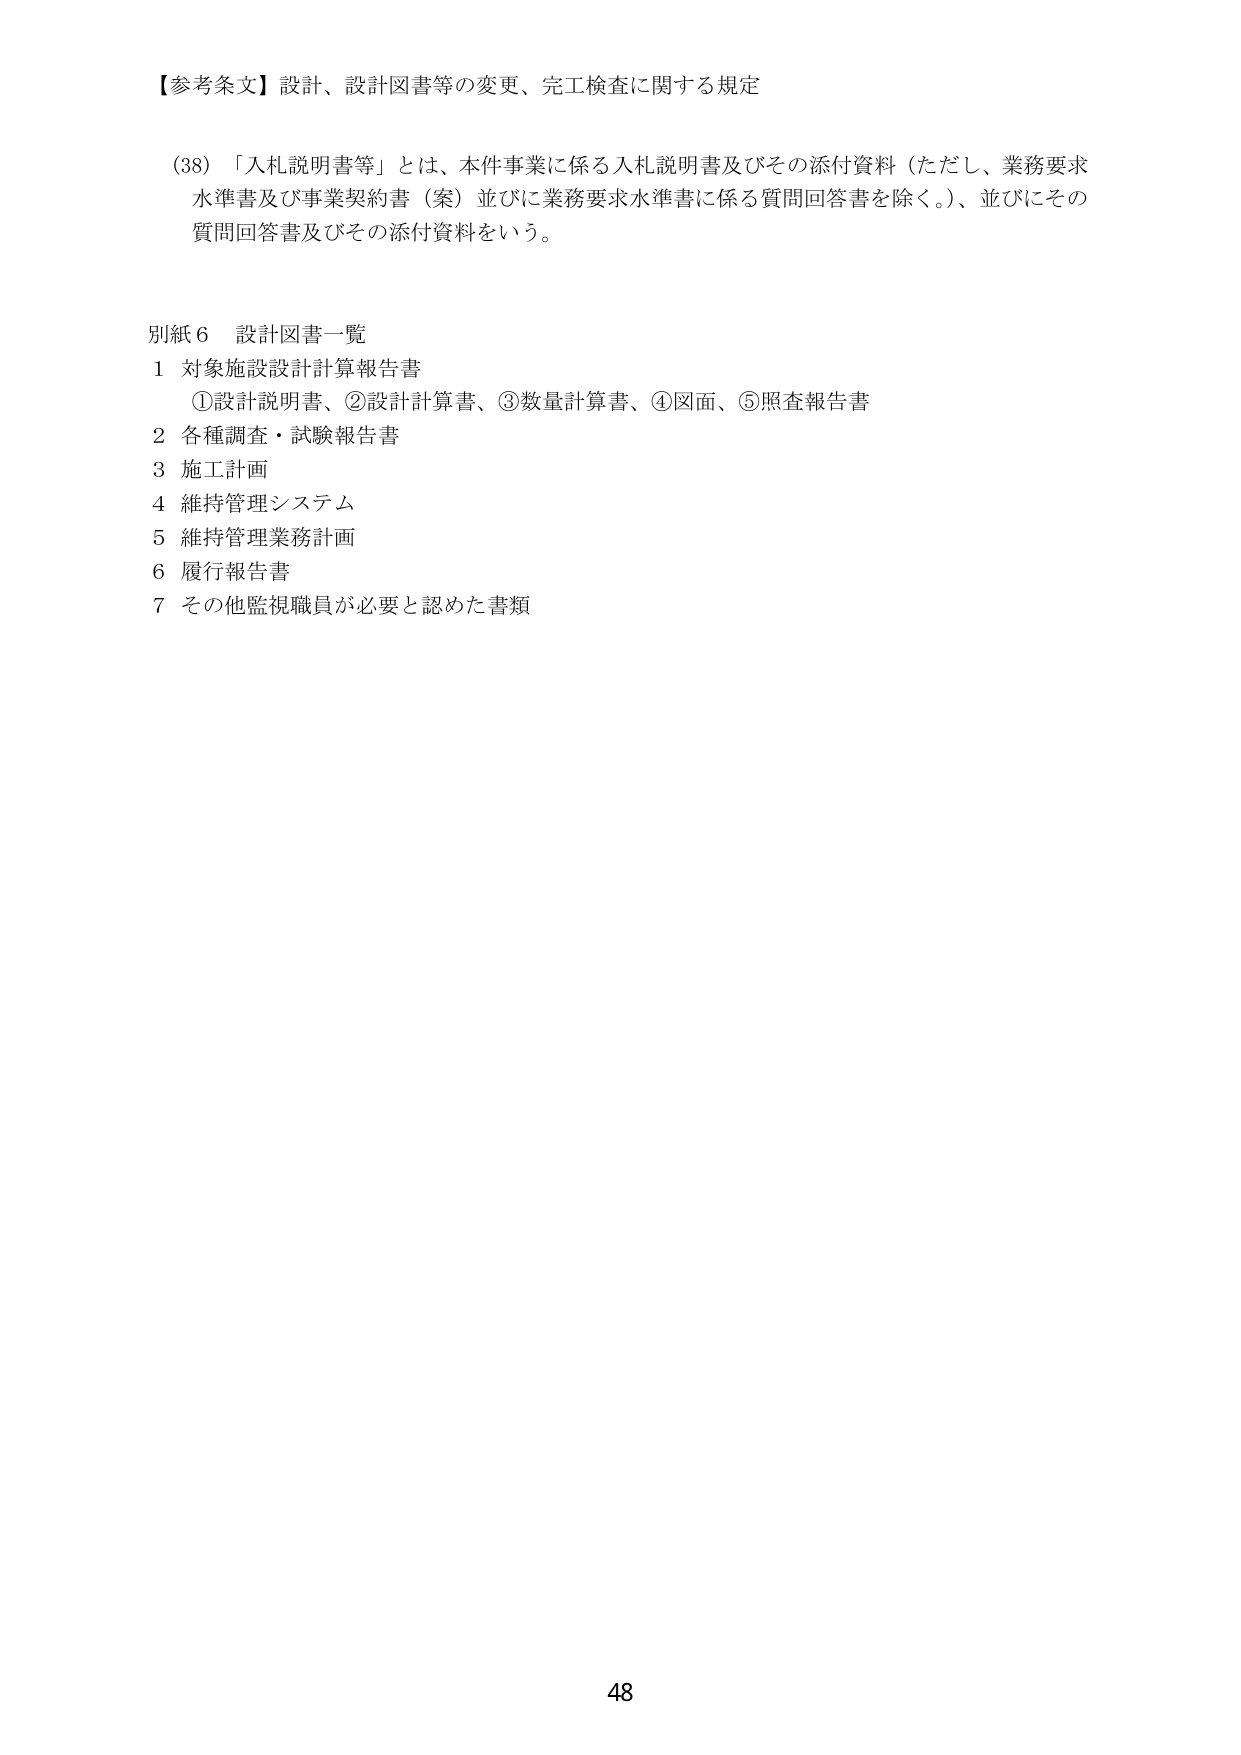
【参考条文】設計、設計図書等の変更、完工検査に関する規定

(38) 「入札説明書等」とは、本件事業に係る入札説明書及びその添付資料（ただし、業務要求水準書及び事業契約書（案）並びに業務要求水準書に係る質問回答書を除く。）、並びにその質問回答書及びその添付資料をいう。

別紙６ 設計図書一覧
１ 対象施設設計計算報告書
　①設計説明書、②設計計算書、③数量計算書、④図面、⑤照査報告書
２ 各種調査・試験報告書
３ 施工計画
４ 維持管理システム
５ 維持管理業務計画
６ 履行報告書
７ その他監視職員が必要と認めた書類

48